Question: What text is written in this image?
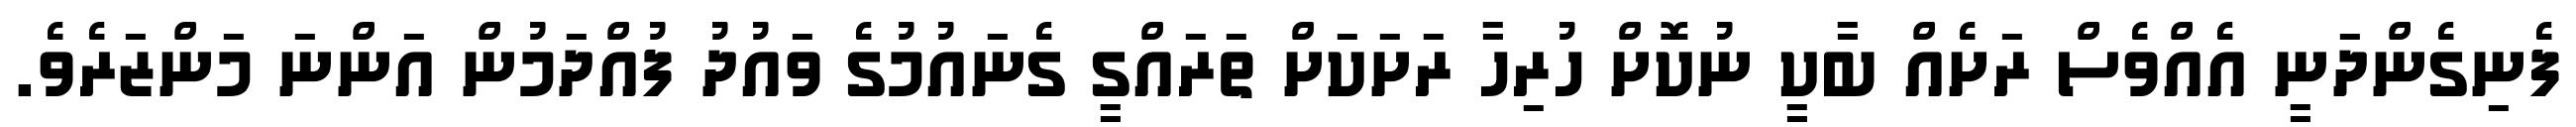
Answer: ފެނިގެންދަނީ އެއްވެސް ރަށެއް ބާކީ ނުކޮށް ހުރިހާ ރަށަކަށް ތަރައްގީ ގެނައުމުގެ ވައުދު ފުއްދަމުން އަންނަ މަންޒަރެވެ.